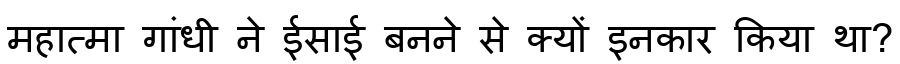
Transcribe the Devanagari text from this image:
महात्मा गांधी ने ईसाई बनने से क्यों इनकार किया था?